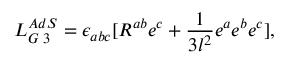
L _ { G \; 3 } ^ { A d S } = \epsilon _ { a b c } [ R ^ { a b } e ^ { c } + \frac { 1 } { 3 l ^ { 2 } } e ^ { a } e ^ { b } e ^ { c } ] ,